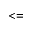
< =